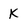
Character: K